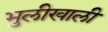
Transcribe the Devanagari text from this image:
भुलीखाली